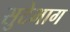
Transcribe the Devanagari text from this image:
सुटेभाग